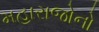
મહારાજોનો